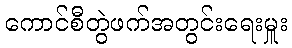
ကောင်စီတွဲဖက်အတွင်းရေးမှူး